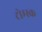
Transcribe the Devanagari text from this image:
टोम्स्क